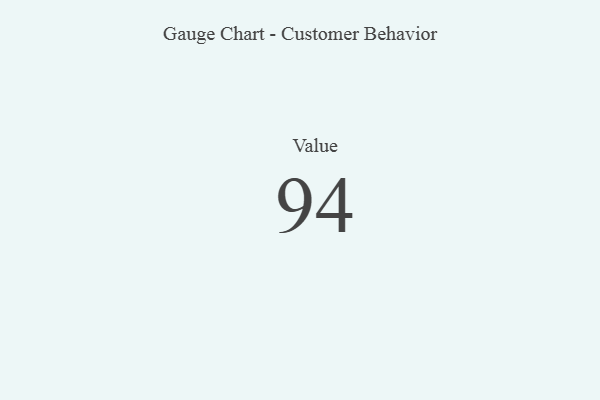
{"axis": {"x": "Metric", "y": "Value"}, "legend": [""], "data": [{"x": "Value", "y": 94, "type": ""}]}